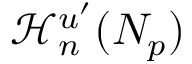
\mathcal { H } _ { n } ^ { u ^ { \prime } } ( N _ { p } )